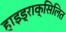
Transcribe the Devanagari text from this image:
हाइड्राक्सिलित